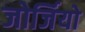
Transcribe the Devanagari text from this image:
जोर्जियो